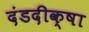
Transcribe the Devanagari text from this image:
दंडदीक्षा